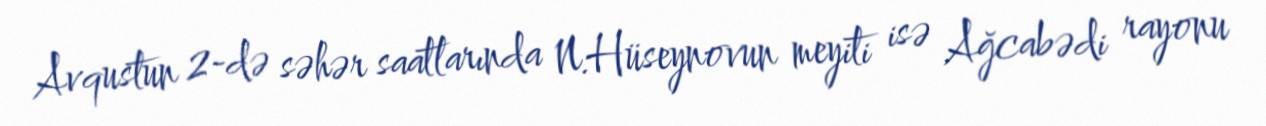
Avqustun 2-də səhər saatlarında N.Hüseynovun meyiti isə Ağcabədi rayonu